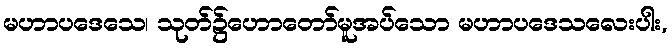
မဟာပဒေသေ၊ သုတ်၌ဟောတော်မူအပ်သော မဟာပဒေသလေးပါး,